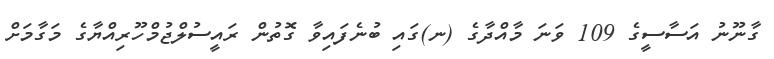
ގާނޫނު އަސާސީގެ 109 ވަނަ މާއްދާގެ (ނ)ގައި ބުނެފައިވާ ގޮތުން ރައީސުލްޖުމްހޫރިއްޔާގެ މަގާމަށް